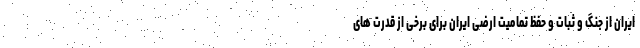
ایران از جنگ و ثبات و حفظ تمامیت ارضی ایران برای برخی از قدرت های